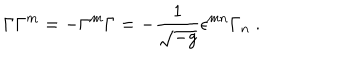
\Gamma \Gamma ^ { m } = - \Gamma ^ { m } \Gamma = - \frac { 1 } { \sqrt { - g } } \epsilon ^ { m n } \Gamma _ { n } ~ .